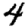
Digit: 4